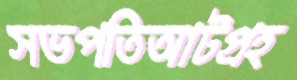
সভপতিআটপ্রহ